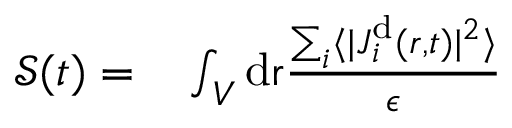
\begin{array} { r l } { { \mathcal { S } } ( t ) = } & { { } \int _ { V } \mathrm { d } \mathbf { { \boldsymbol { r } } } \frac { \sum _ { i } \langle \vert { { \boldsymbol { J } } } _ { i } ^ { \mathrm { d } } ( { \boldsymbol { r } } , t ) \vert ^ { 2 } \rangle } { \epsilon } } \end{array}